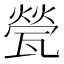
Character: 甇